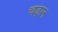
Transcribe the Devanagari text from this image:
चढ़ान